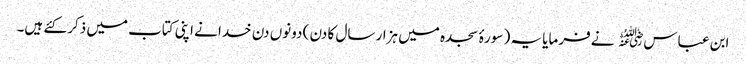
ابن عباس﷜ نے فرمایا یہ ( سورۂ سجدہ میں ہزار سال کا دن ) دونوں دن خدا نے اپنی کتاب میں ذکر کئے ہیں۔